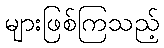
များဖြစ်ကြသည့်